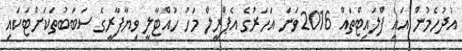
އުދުހެމުން އައި ފްލައިޓްތައް 2016ވަނަ އަހަރުގެ އެޕްރީލް މަހު ހުއްޓާލީ ވިޔާފާރީގެ ސަބަބުތަކަށްޓަކައި